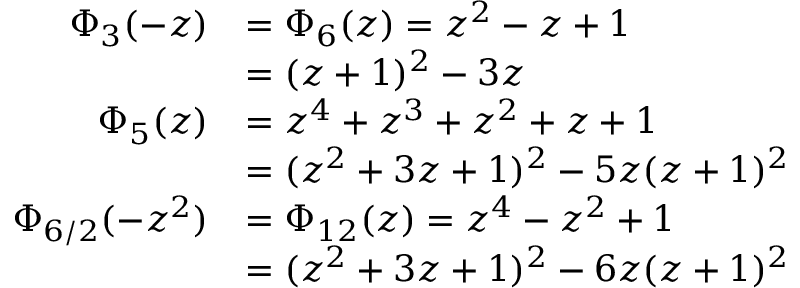
{ \begin{array} { r l } { \Phi _ { 3 } ( - z ) } & { = \Phi _ { 6 } ( z ) = z ^ { 2 } - z + 1 } \\ & { = ( z + 1 ) ^ { 2 } - 3 z } \\ { \Phi _ { 5 } ( z ) } & { = z ^ { 4 } + z ^ { 3 } + z ^ { 2 } + z + 1 } \\ & { = ( z ^ { 2 } + 3 z + 1 ) ^ { 2 } - 5 z ( z + 1 ) ^ { 2 } } \\ { \Phi _ { 6 / 2 } ( - z ^ { 2 } ) } & { = \Phi _ { 1 2 } ( z ) = z ^ { 4 } - z ^ { 2 } + 1 } \\ & { = ( z ^ { 2 } + 3 z + 1 ) ^ { 2 } - 6 z ( z + 1 ) ^ { 2 } } \end{array} }